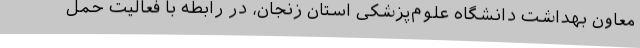
معاون بهداشت دانشگاه علوم‌پزشکی استان زنجان، در رابطه با فعالیت حمل